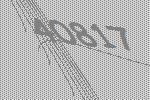
40817